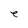
Character: e